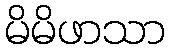
မိမိဖာသာ